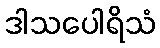
ဒါသပေါရိသံ